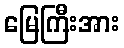
မြေကြီးအား